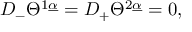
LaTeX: { D } _ { - } \Theta ^ { 1 \underline { { \alpha } } } = { D } _ { + } \Theta ^ { 2 \underline { { \alpha } } } = 0 ,